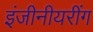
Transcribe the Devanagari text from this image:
इंजीनीयरींग